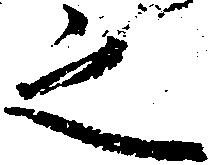
之